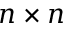
n \times n